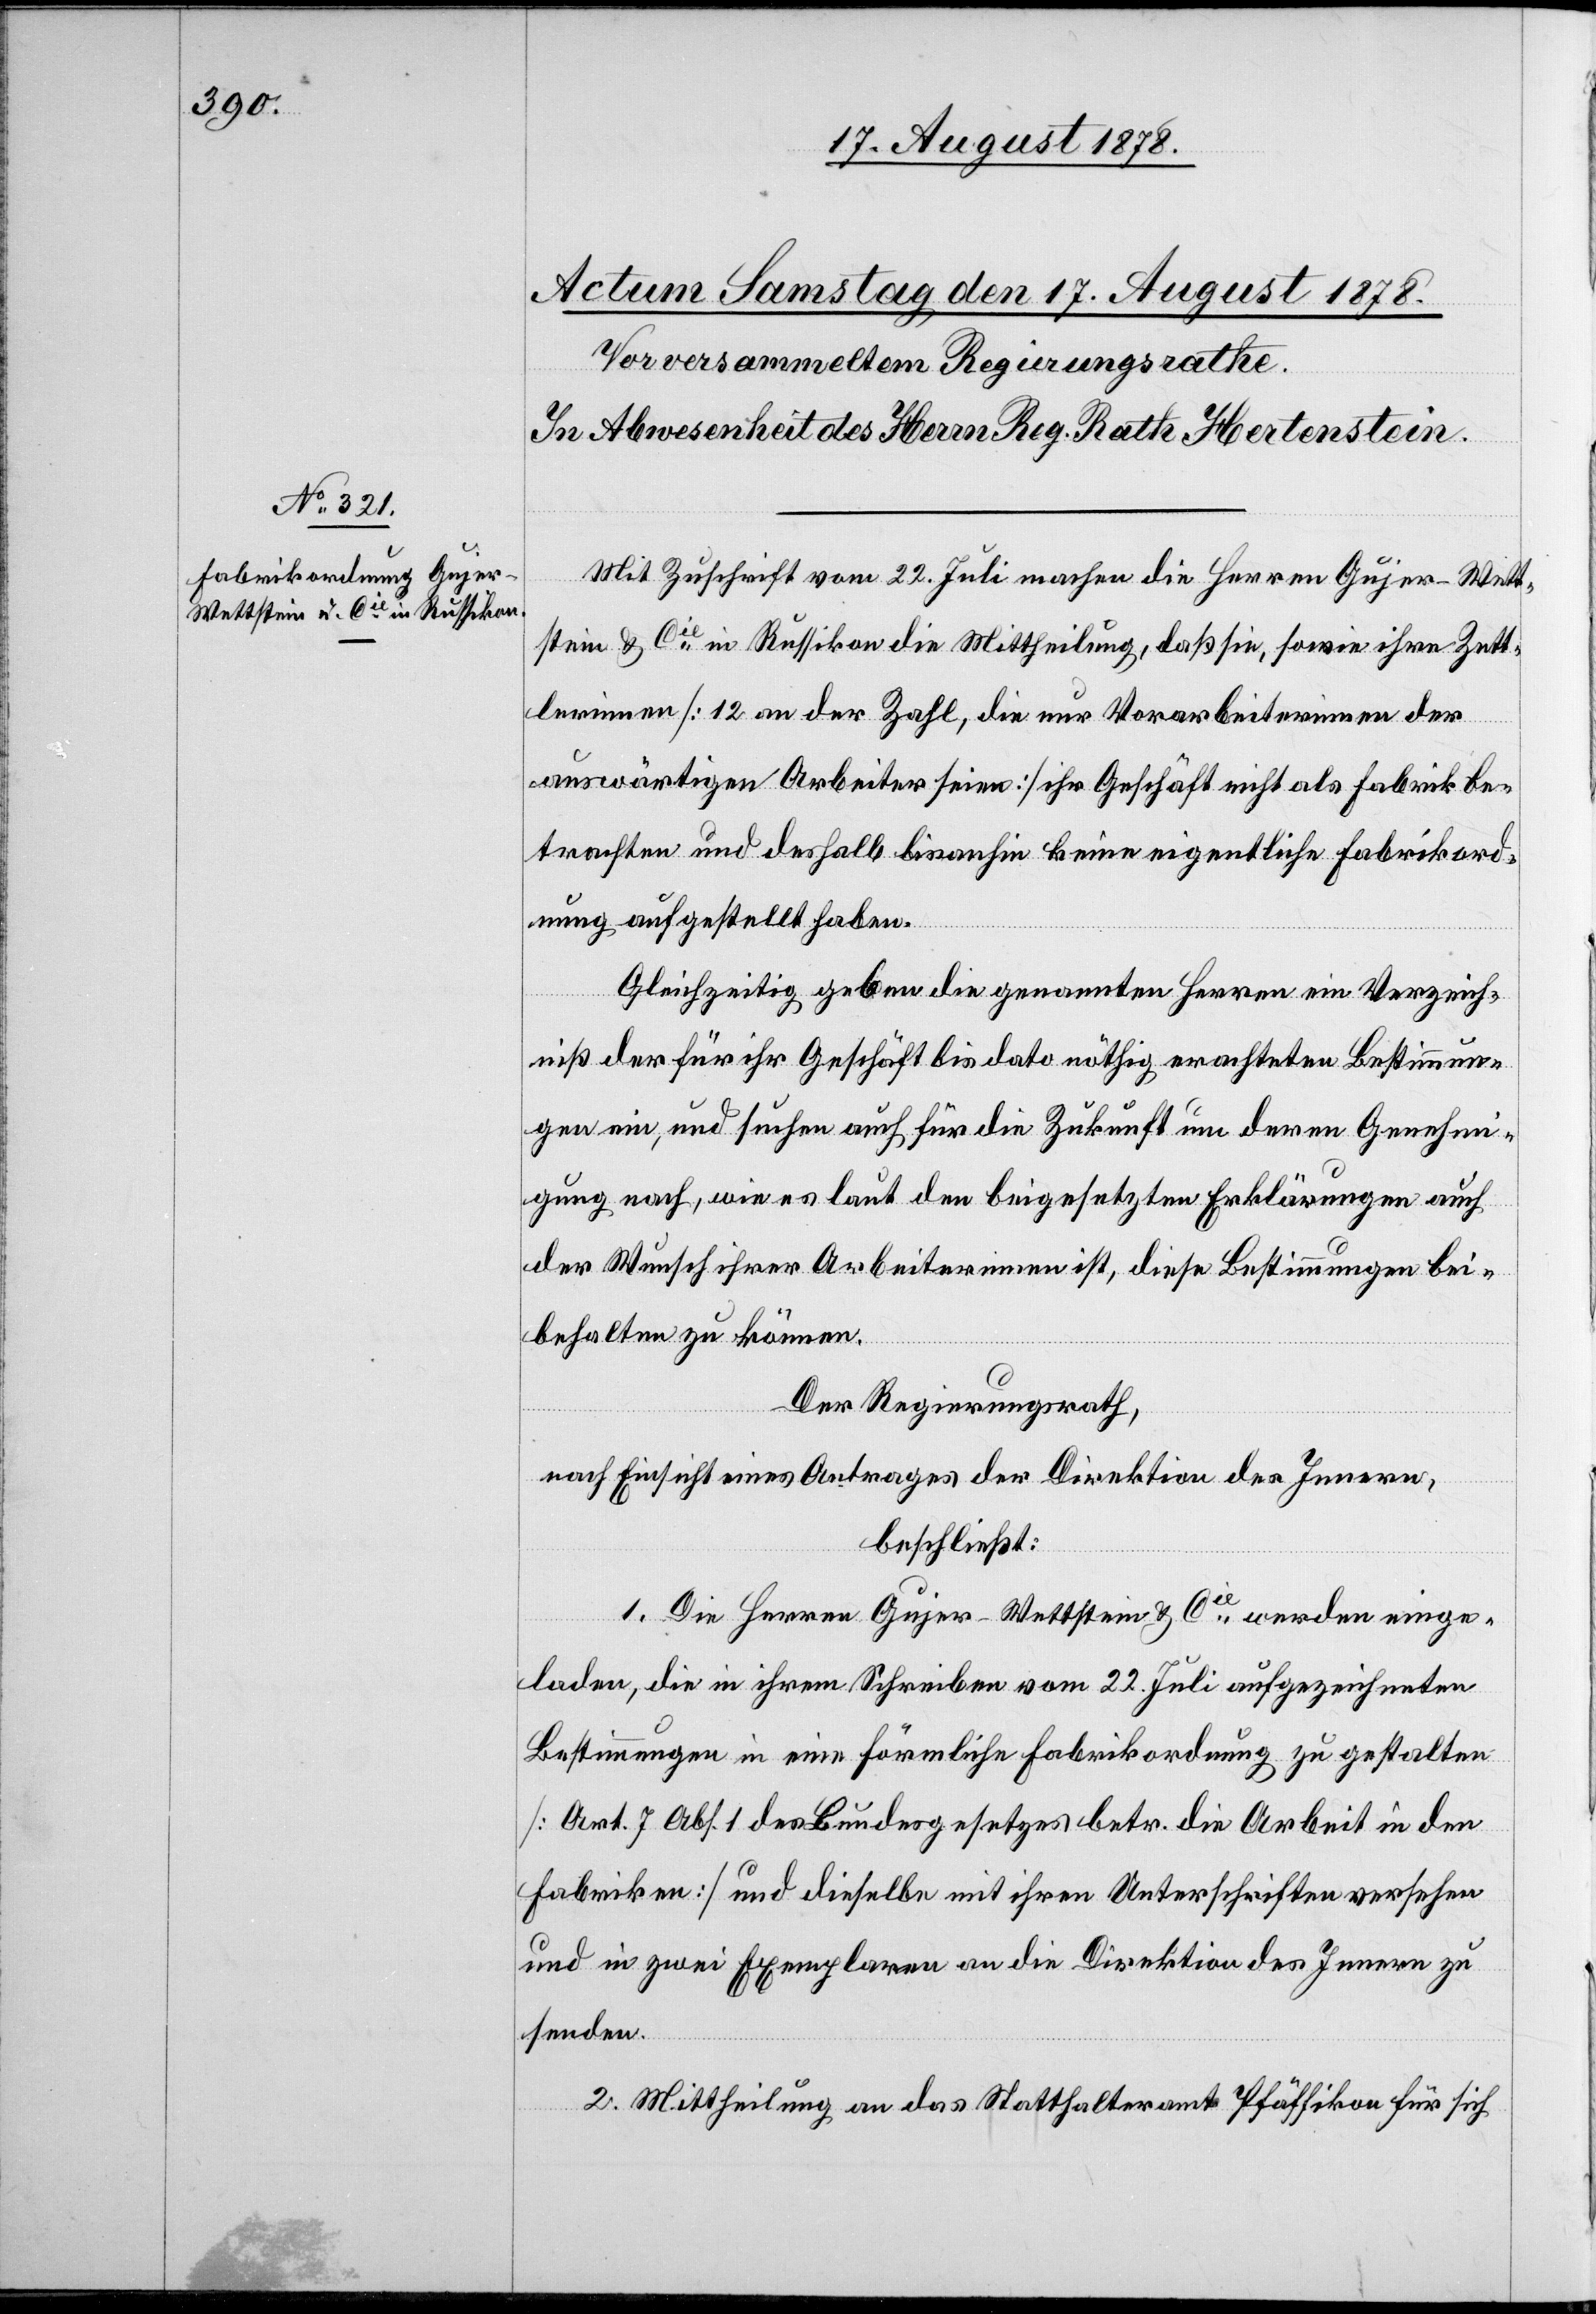
Mit Zuschrift vom 22. Juli machen die Herren Gujer-Wett¬
stein & Cie in Russikon die Mittheilung, daß sie, sowie ihre Zett¬
lerinnen [12 an der Zahl, die nur Vorarbeiterinnen der
auswärtigen Arbeiter seien] ihr Geschäft nicht als Fabrik be¬
trachten und deshalb bis anhin keine eigentliche Fabrikord¬
nung aufgestellt haben.
Gleichzeitig geben die genannten Herren ein Verzeich¬
niß der für ihr Geschäft bis dato nöthig erachteten Bestimmun¬
gen ein, und suchen auch für die Zukunft um deren Genehmi¬
gung nach, wie es laut den beigesetzten Erklärungen auch
der Wunsch ihrer Arbeiterinnen ist, diese Bestimmungen bei¬
behalten zu können.
Der Regierungsrath,
nach Einsicht eines Antrages der Direktion des Innern,
beschließt:
1. Die Herren Gujer-Wettstein & Cie werden einge¬
laden, die in ihrem Schreiben vom 22. Juli aufgezeichneten
Bestimmungen in eine förmliche Fabrikordnung zu gestalten
[Art. 7 Abs. 1 des Bundesgesetzes betr. die Arbeit in den
Fabriken] und dieselbe mit ihren Unterschriften versehen
und in zwei Exemplaren an die Direktion des Innern zu
senden.
2. Mittheilung an das Statthalteramt Pfäffikon für sich